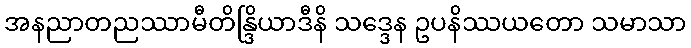
အနညာတညဿာမီတိန္ဒြိယာဒီနိ သဒ္ဒေန ဥပနိဿယတော သမာသာ